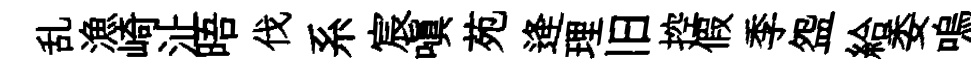
乱漁崎沚晤伐系宸嗔苑逄理旧控假季盌給委嗚